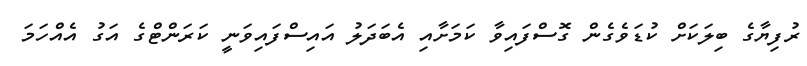
ރުފިޔާގެ ބިލަކަށް ކުޑަވެގެން ގޮސްފައިވާ ކަމަށާއި އެބަދަލު އައިސްފައިވަނީ ކަރަންޓްގެ އަގު އެއްހަމަ